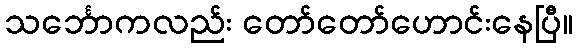
သင်္ဘောကလည်း တော်တော်ဟောင်းနေပြီ။